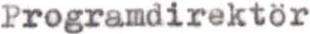
Programdirektor